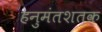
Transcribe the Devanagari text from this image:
हनुमंतशतक